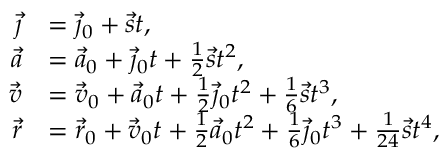
{ \begin{array} { r l } { { \vec { \jmath } } } & { = { \vec { \jmath } } _ { 0 } + { \vec { s } } t , } \\ { { \vec { a } } } & { = { \vec { a } } _ { 0 } + { \vec { \jmath } } _ { 0 } t + { \frac { 1 } { 2 } } { \vec { s } } t ^ { 2 } , } \\ { { \vec { v } } } & { = { \vec { v } } _ { 0 } + { \vec { a } } _ { 0 } t + { \frac { 1 } { 2 } } { \vec { \jmath } } _ { 0 } t ^ { 2 } + { \frac { 1 } { 6 } } { \vec { s } } t ^ { 3 } , } \\ { { \vec { r } } } & { = { \vec { r } } _ { 0 } + { \vec { v } } _ { 0 } t + { \frac { 1 } { 2 } } { \vec { a } } _ { 0 } t ^ { 2 } + { \frac { 1 } { 6 } } { \vec { \jmath } } _ { 0 } t ^ { 3 } + { \frac { 1 } { 2 4 } } { \vec { s } } t ^ { 4 } , } \end{array} }